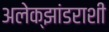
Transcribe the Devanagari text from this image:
अलेक्झांडराशी